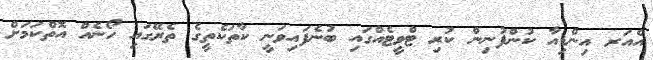
އެއަރ އިންޑިއާ ކުންފުނިން ކުރި ޓްވީޓެއްގައި ބުނެފައިވަނީ ކާތަކެތީގެ ތެރޭގައި ހޯނެއް އޮތްކަމަށް